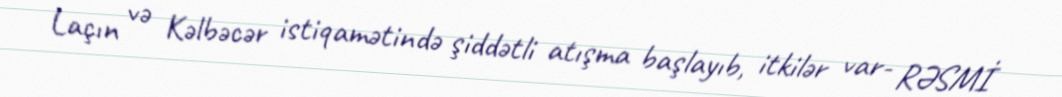
Laçın və Kəlbəcər istiqamətində şiddətli atışma başlayıb, itkilər var- RƏSMİ